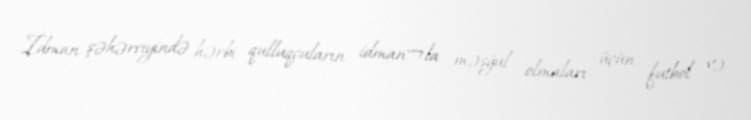
İdman şəhərciyində hərbi qulluqçuların idman¬la məşğul olmaları üçün futbol və